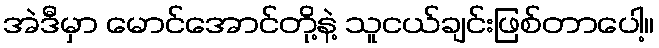
အဲဒီမှာ မောင်အောင်တို့နဲ့ သူငယ်ချင်းဖြစ်တာပေါ့။